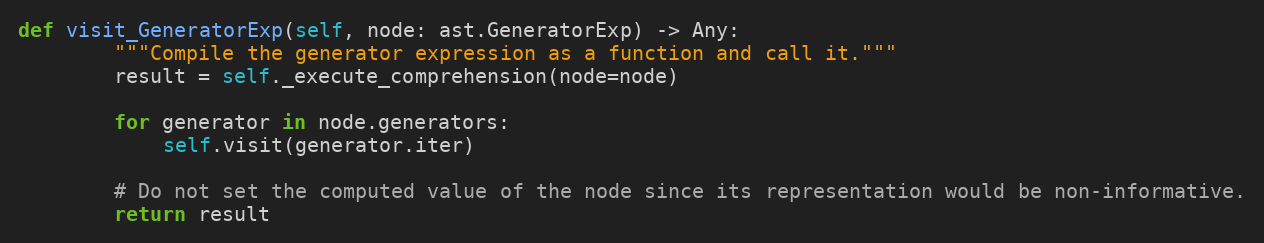
Language: Python
def visit_GeneratorExp(self, node: ast.GeneratorExp) -> Any:
        """Compile the generator expression as a function and call it."""
        result = self._execute_comprehension(node=node)

        for generator in node.generators:
            self.visit(generator.iter)

        # Do not set the computed value of the node since its representation would be non-informative.
        return result